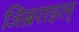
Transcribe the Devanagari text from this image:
जिब्रराइल्